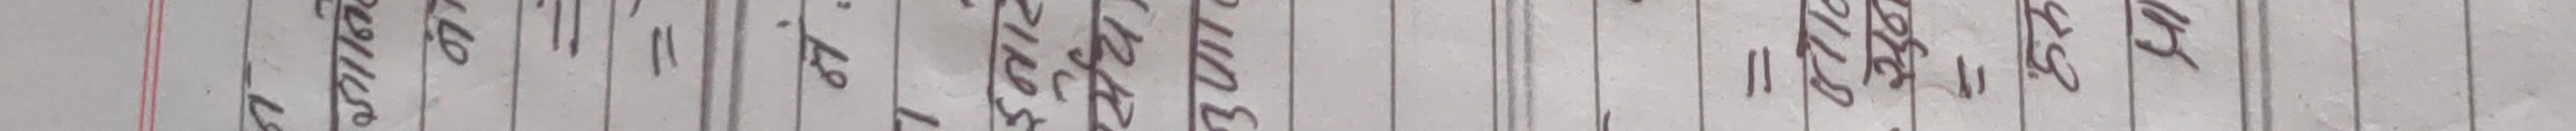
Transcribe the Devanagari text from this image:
ख || 220 कि० ग्रा० 240 कि० ग्रा० 175 कि० ग्रा०